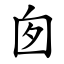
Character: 囱